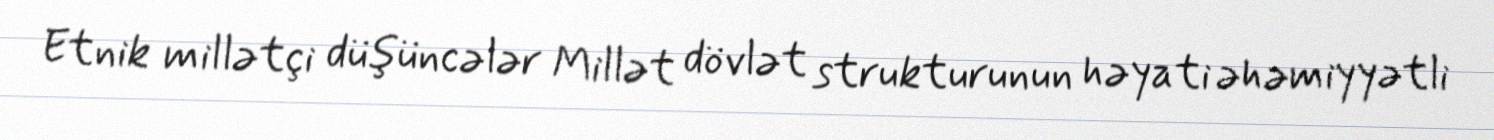
Etnik millətçi düşüncələr Millət dövlət strukturunun həyati əhəmiyyətli